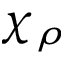
\chi _ { \rho }